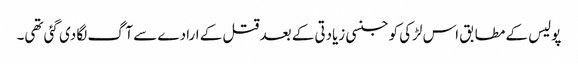
پولیس کے مطابق اس لڑکی کو جنسی زیادتی کے بعد قتل کے ارادے سے آگ لگا دی گئی تھی۔